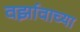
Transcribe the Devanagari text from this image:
वर्झावाच्या